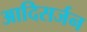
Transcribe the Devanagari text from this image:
आदिसर्जन